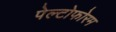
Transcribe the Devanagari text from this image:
पेल्टोफोरम